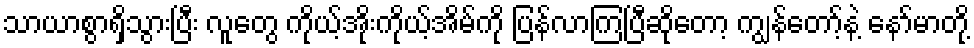
သာယာစွာရှိသွားပြီး လူတွေ ကိုယ့်အိုးကိုယ့်အိမ်ကို ပြန်လာကြပြီဆိုတော့ ကျွန်တော့်နဲ့ နော်မာတို့